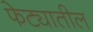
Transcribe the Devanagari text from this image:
फेट्यातील